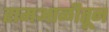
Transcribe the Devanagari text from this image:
रामआळीतून